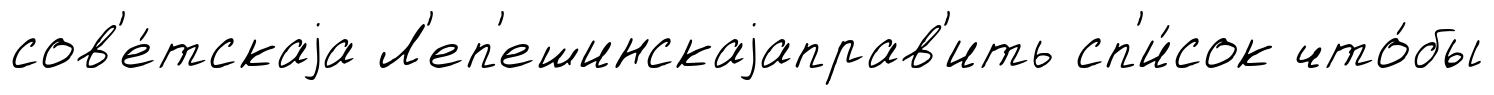
сов'е́тскаjа Л'еп'ешинскаjаправ'ить сп'и́сок что́бы